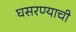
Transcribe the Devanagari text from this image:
घसरण्याची